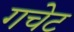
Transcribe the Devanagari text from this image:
गचेट